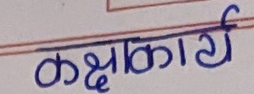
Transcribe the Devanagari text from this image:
कक्षाकार्य